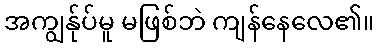
အကျွန်ုပ်မူ မဖြစ်ဘဲ ကျန်နေလေ၏။